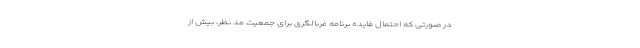
در صورتی که احتمال فایده برنامه غربالگری برای جمعیت مد نظر، بیش از